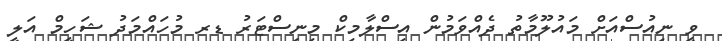
ވީ ނިއުސްއަށް މައުލޫމާތު ދެއްވަމުން އިސްލާމިކް މިނިސްޓަރު ޑރ މުހައްމަދު ޝަހީމް އަލީ